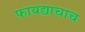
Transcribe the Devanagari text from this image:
फायद्याचाच